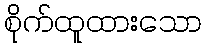
စိုက်ထူထားသော